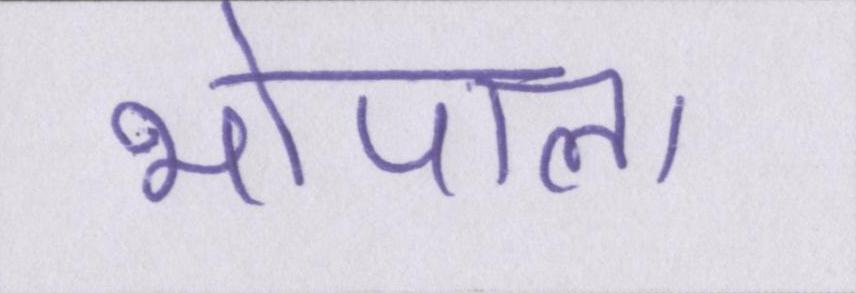
भोपाल।